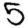
Digit: 5